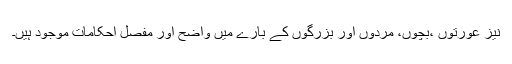
نیز عورتوں ،بچوں، مردوں اور بزرگوں کے بارے ميں واضح اور مفصل احکامات موجود ہیں۔